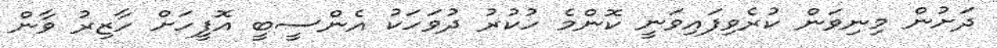
ދަށުން މިނިވަން ކުރެވިފައިވަނީ ކޮންމެ ހުކުރު ދުވަހަކު އެންސީބީ އޮފީހަށް ހާޒިރު ވާން